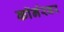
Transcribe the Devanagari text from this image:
काॅर्नरवर